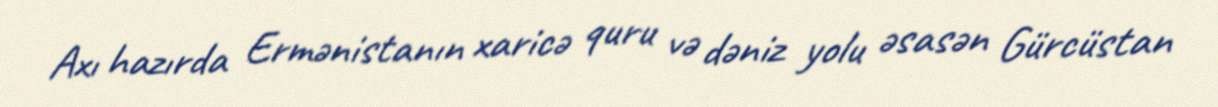
Axı hazırda Ermənistanın xaricə quru və dəniz yolu əsasən Gürcüstan